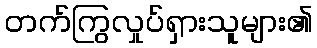
တက်ကြွလှုပ်ရှားသူများ၏